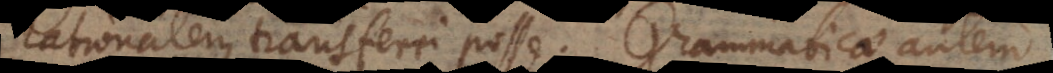
rationalem transferri posse. Grammaticae autem